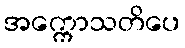
အက္ကောသတိပေ